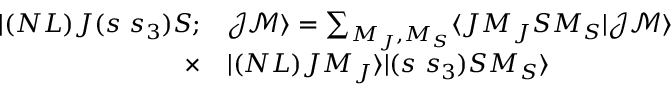
\begin{array} { r l } { | ( N L ) J ( s ~ s _ { 3 } ) S ; } & { { } \mathcal { J } \mathcal { M } \rangle = \sum _ { M _ { J } , M _ { S } } \langle J M _ { J } S M _ { S } | \mathcal { J } \mathcal { M } \rangle } \\ { \times } & { { } | ( N L ) J M _ { J } \rangle | ( s ~ s _ { 3 } ) S M _ { S } \rangle } \end{array}